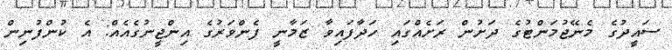
ސައީދުގެ މެނޭޖުމަންޓުގެ ދަށުން ރަށެއްގައި ހަދާފައިވާ ޒަމާނީ ފެންވަރުގެ އިންޖީނުގެއެއް: އެ ކުންފުނިން